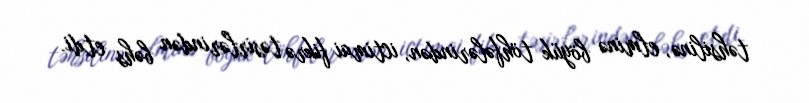
təhsilinə, elminə böyük töhfələrindən, ictimai fikrə təsirlərindən bəhs etdi.